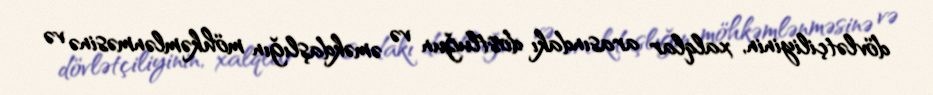
dövlətçiliyinin, xalqlar arasındakı dostluğun və əməkdaşlığın möhkəmlənməsinə və